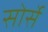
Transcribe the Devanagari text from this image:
सोर्से